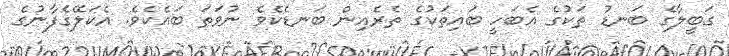
ގަބީލާގެ ބަނޑު ތަކުގެ އެބަހީ ބައިތަކުގެ ތެރެއިން ބަނޑެކެވެ ނުވަތަ ބައެކެވެ. އެކަލޭގެފާނުގެ